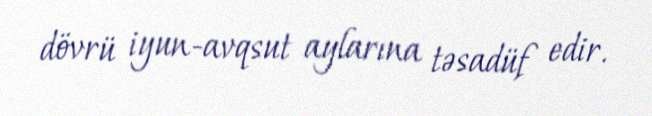
dövrü iyun-avqsut aylarına təsadüf edir.